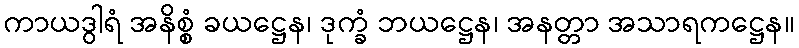
ကာယဒွါရံ အနိစ္စံ ခယဋ္ဌေန၊ ဒုက္ခံ ဘယဋ္ဌေန၊ အနတ္တာ အသာရကဋ္ဌေန။